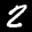
Label: 2